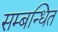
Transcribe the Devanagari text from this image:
सम्‍बन्‍धित